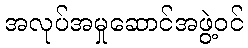
အလုပ်အမှုဆောင်အဖွဲ့ဝင်